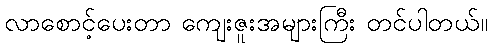
လာစောင့်ပေးတာ ကျေးဇူးအများကြီး တင်ပါတယ်။